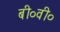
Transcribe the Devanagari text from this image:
बी०वी०